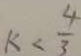
K < \frac { 4 } { 3 }